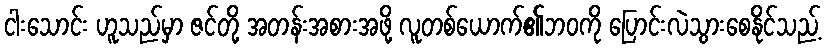
ငါးသောင်း ဟူသည်မှာ ဇင်တို့ အတန်းအစားအဖို့ လူတစ်ယောက်၏ဘဝကို ပြောင်းလဲသွားစေနိုင်သည့်